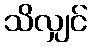
သိလျှင်